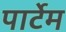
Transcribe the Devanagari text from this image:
पार्टेम